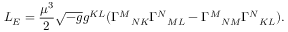
{ \cal L } _ { E } = \frac { \mu ^ { 3 } } { 2 } \sqrt { - g } g ^ { K L } ( \Gamma ^ { M } { } _ { N K } \Gamma ^ { N } { } _ { M L } - \Gamma ^ { M } { } _ { N M } \Gamma ^ { N } { } _ { K L } ) .